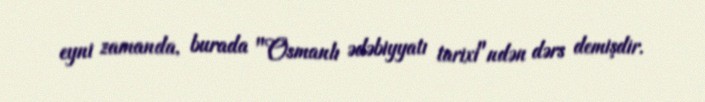
eyni zamanda, burada "Osmanlı ədəbiyyatı tarixi"ndən dərs demişdir.